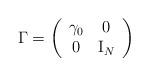
LaTeX: \begin{align*}\Gamma = \left( \begin{array}{cc} \gamma_0 & 0 \\ 0 & \mbox{I}_N \end{array} \right)\end{align*}